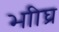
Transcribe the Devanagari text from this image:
भाीघ्र